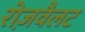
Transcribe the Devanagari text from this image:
रोज़वैलट